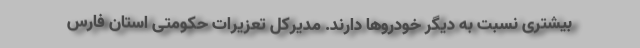
بیشتری نسبت به دیگر خودروها دارند. مدیرکل تعزیرات حکومتی استان فارس